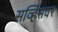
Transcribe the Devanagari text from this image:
सर्व्हिसवर